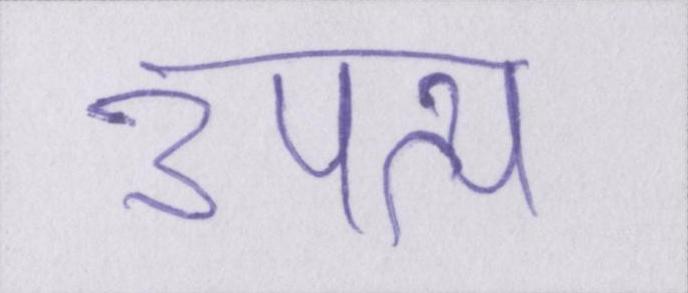
उपत्य